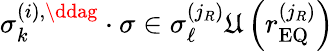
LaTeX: \sigma_{k}^{\left(i\right),\ddag}\cdot\sigma\in\sigma_{\ell}^{\left(j_{R}\right)}\mathfrak{U}\left(r_{\mathrm{EQ}}^{\left(j_{R}\right)}\right)